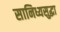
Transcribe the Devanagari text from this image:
सानिध्यसुद्धा